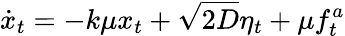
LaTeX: \dot{x}_{t}=-k\mu x_{t}+\sqrt{2D}\eta_{t}+\mu f_{t}^{a}